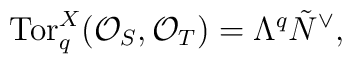
\mbox{Tor}_q^X({\cal O}_S, {\cal O}_T) = \Lambda^q \tilde{N}^{\vee},